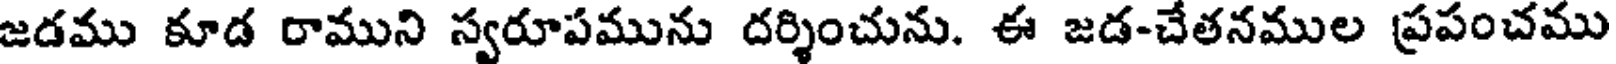
జడము కూడ రాముని స్వరూపమును దర్శించును. ఈ జడ-చేతనముల ప్రపంచము